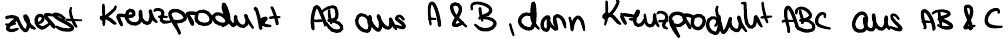
zuerst Kreuzprodukt AB aus A & B , dann Kreuzprodukt ABC aus AB & C